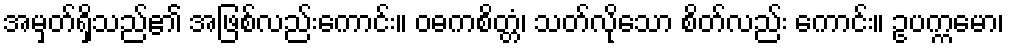
အမှတ်ရှိသည်၏ အဖြစ်လည်းကောင်း။ ဝဓကစိတ္တံ၊ သတ်လိုသော စိတ်လည်း ကောင်း။ ဥပက္ကမော၊